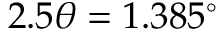
2 . 5 \theta = 1 . 3 8 5 ^ { \circ }